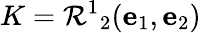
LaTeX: K=\mathcal{R}^{1}{}_{2}(\mathbf{e}_{1},\mathbf{e}_{2})